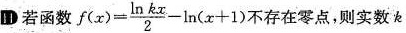
11 若函数$$f ( x ) = \frac { \ln k x } { 2 } - \ln ( x + 1)$$不存在零点，则实数k